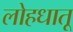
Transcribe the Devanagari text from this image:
लोहधातू